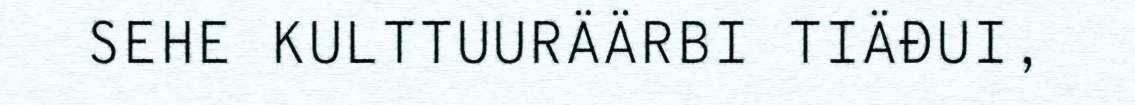
SEHE KULTTUURÄÄRBI TIÄĐUI,